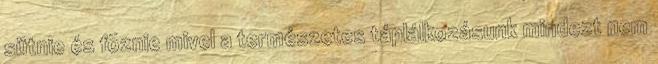
sütnie és fõznie mivel a természetes táplálkozásunk mindezt nem